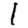
Digit: 1